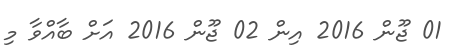
01 ޖޫން 2016 އިން 02 ޖޫން 2016 އަށް ބާއްވާ މި